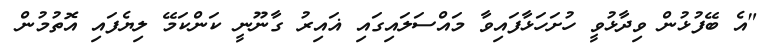
"އެ ބޭފުޅުން ވިދާޅުވީ ހުށަހަޅާފައިވާ މައްސަލައިގައި ޣައިރު ގާނޫނީ ކަންކަމޭ ލިޔެފައި އޮތުމުން